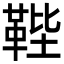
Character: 𩊰